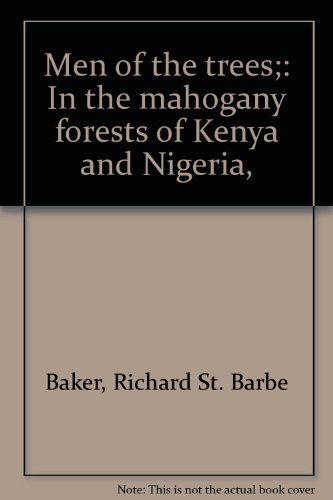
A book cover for Men of the trees;: In the mahogany forests of Kenya and Nigeria,; Richard St. Barbe Baker; Travel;